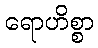
ရောဟိစ္စာ